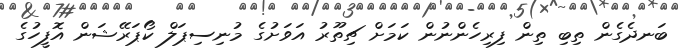
ބަނދެގެން ތިބި ތިން ފިރިހެންނުން ކަމަށް ޗިތޫރު އަވަށުގެ މުނިސިޕަލް ކޯޕަރޭޝަން އޮފީހުގެ